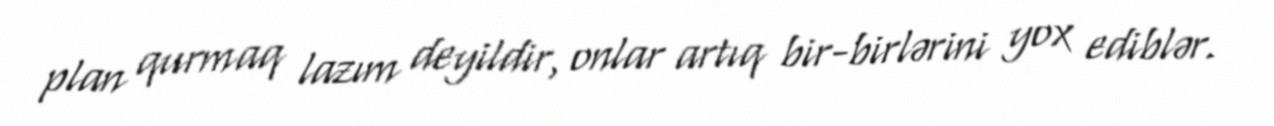
plan qurmaq lazım deyildir, onlar artıq bir-birlərini yox ediblər.